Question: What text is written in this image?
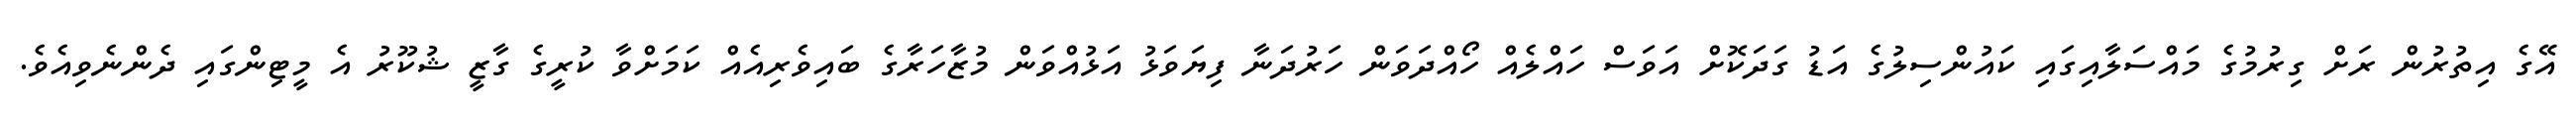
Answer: އޭގެ އިތުރުން ރަށް ގިރުމުގެ މައްސަލާއިގައި ކައުންސިލުގެ އަޑު ގަދަކޮށް އަވަސް ހައްލެއް ހޯއްދަވަން ހަރުދަނާ ފިޔަވަޅު އަޅުއްވަން މުޒާހަރާގެ ބައިވެރިއެއް ކަމަށްވާ ކުރީގެ ގާޒީ ޝުކޫރު އެ މީޓިންގައި ދެންނެވިއެވެ.